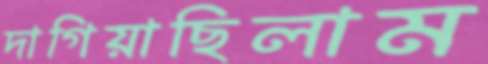
দাগিয়াছিলাম